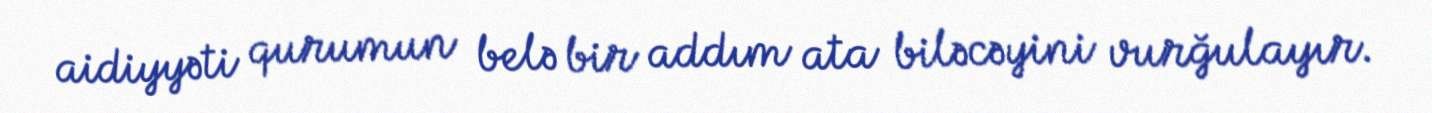
aidiyyəti qurumun belə bir addım ata biləcəyini vurğulayır.